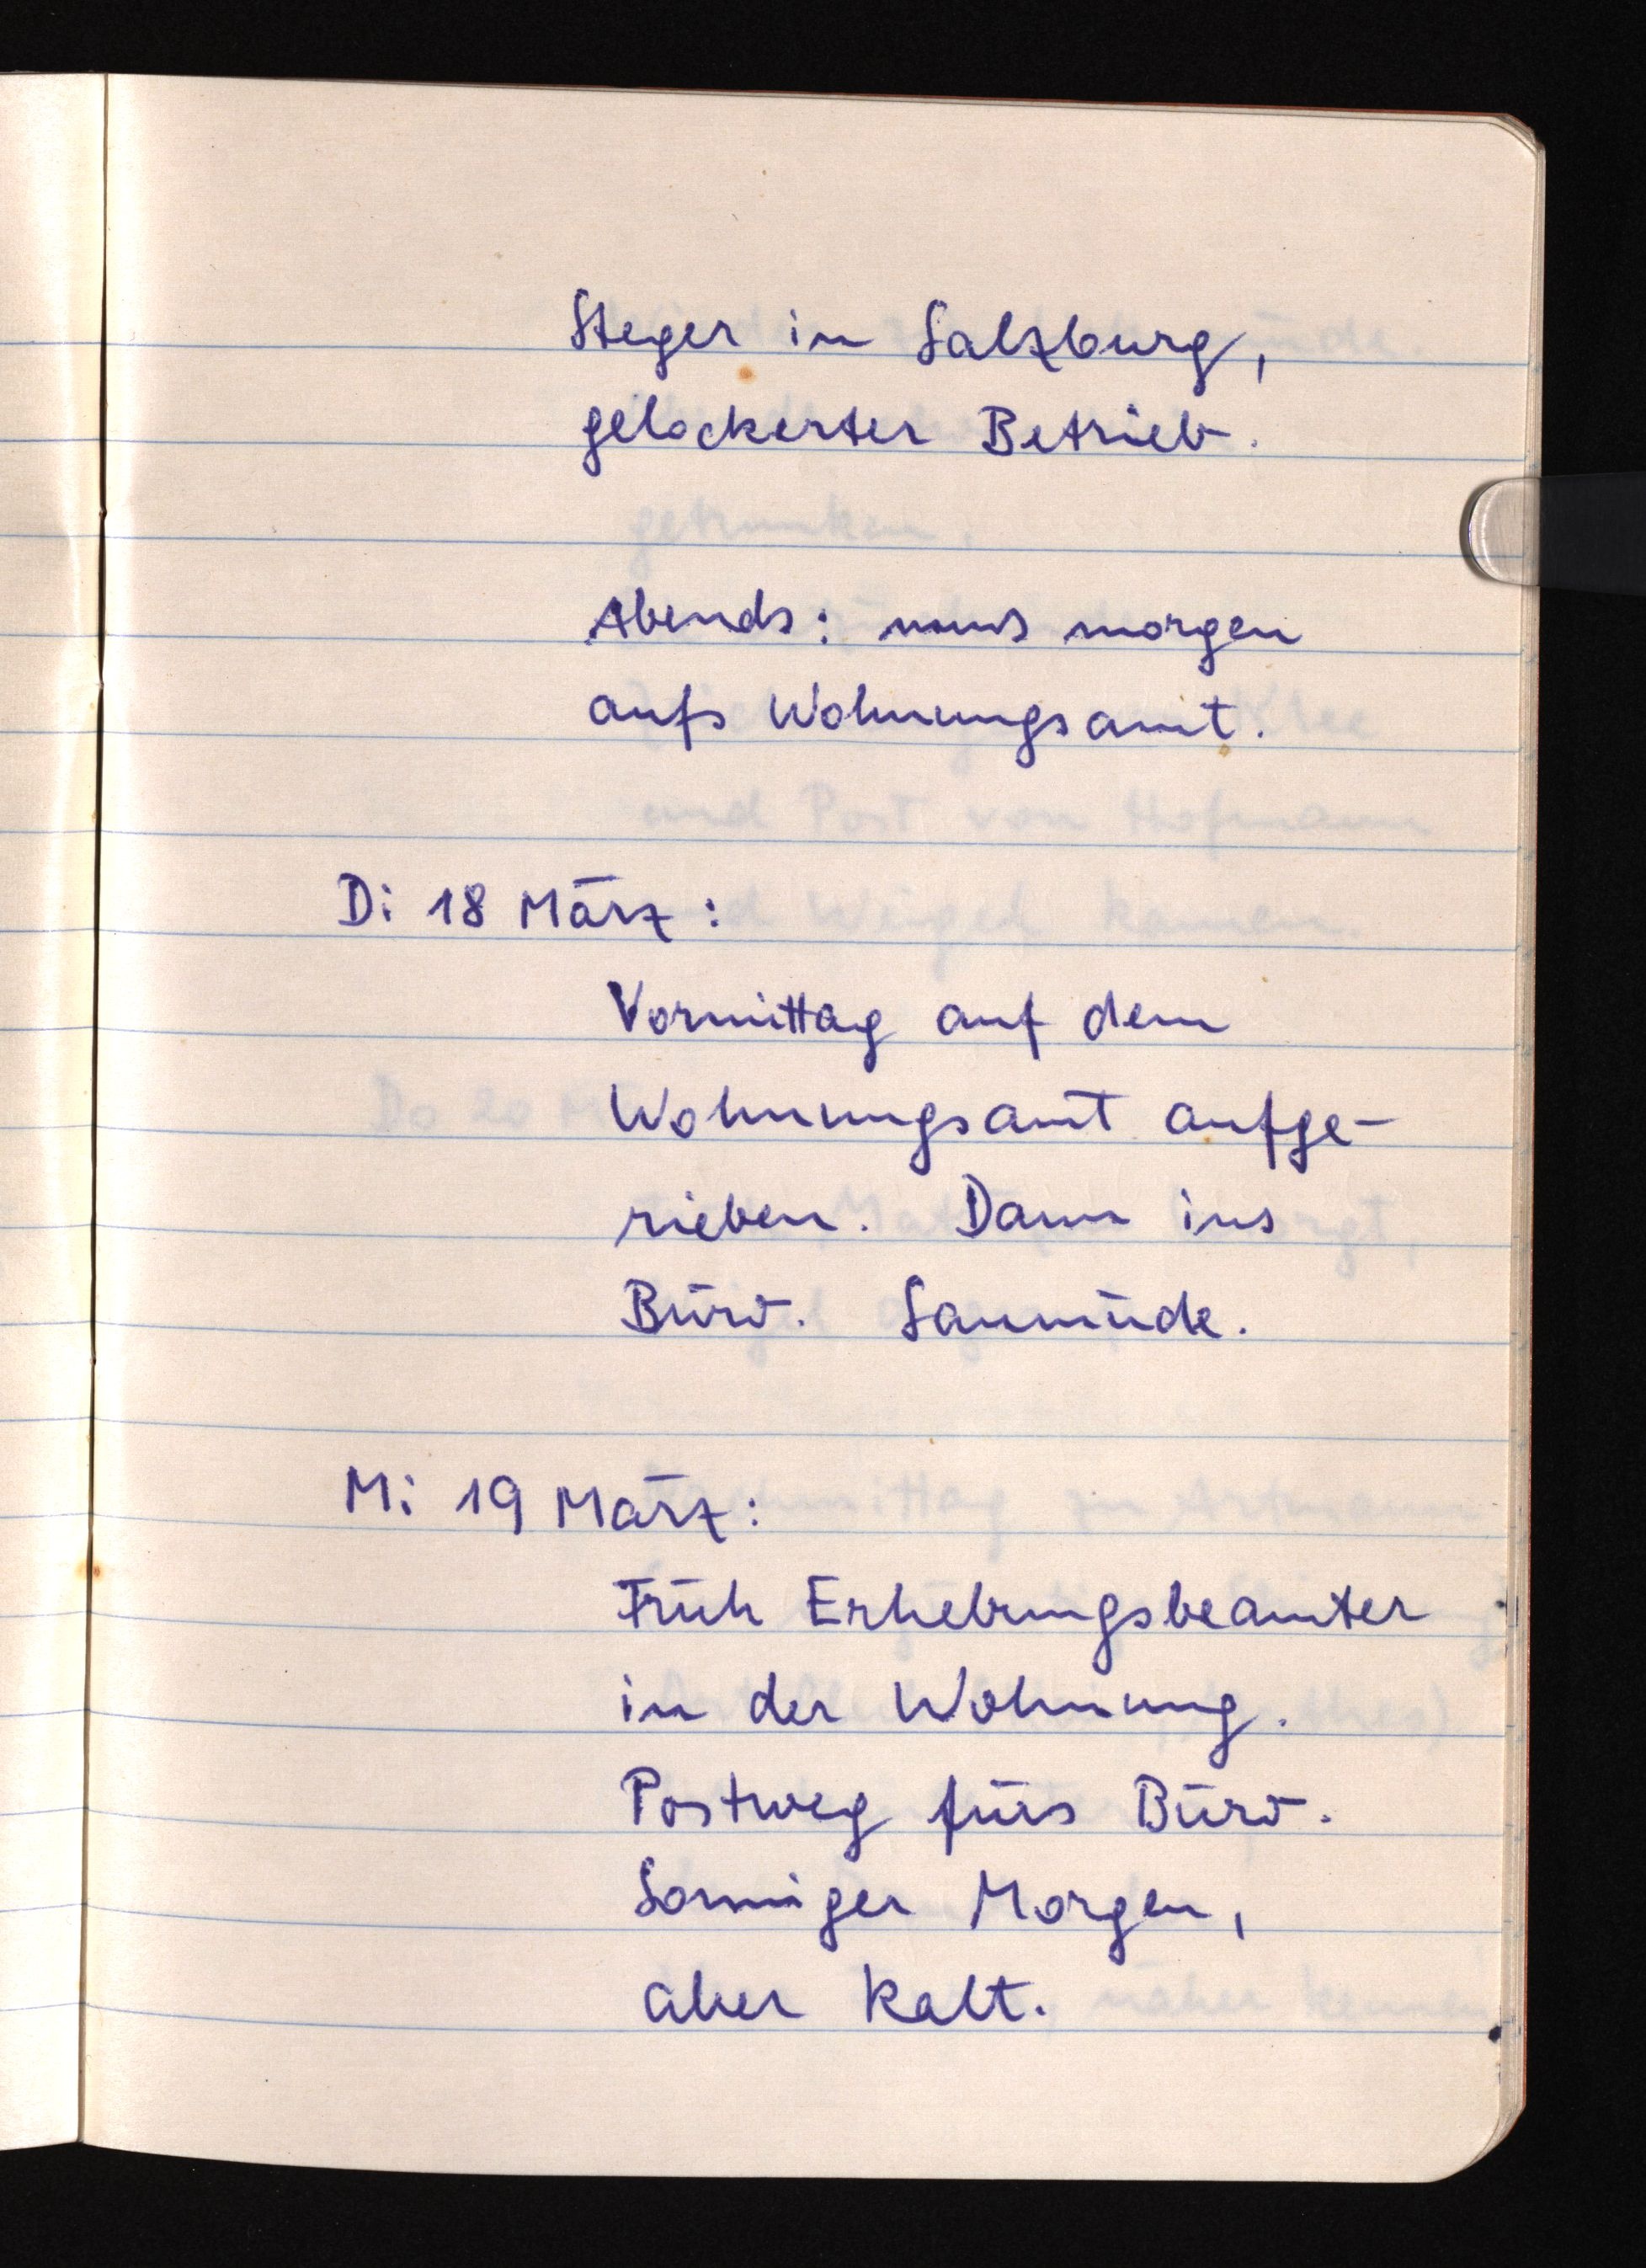
Steger in Salzburg,
gelockerter Betrieb.
Abends: muß morgen
aufs Wohnungsamt.
Di 18 März:
Vormittag auf dem
Wohnungsamt aufge¬
rieben. Dann ins
Büro. Saumüde.
Mi 19 März:
Früh Erhebungsbeamter
in der Wohnung.
Postweg fürs Büro.
Sonniger Morgen,
aber kalt.